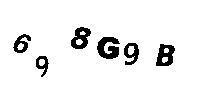
698G9B